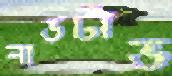
লাভটাভ